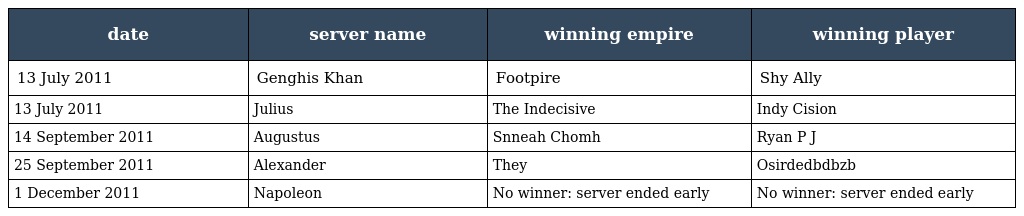
| date | server name | winning empire | winning player |
 | --- | --- | --- | --- |
 | 13 July 2011 | Genghis Khan | Footpire | Shy Ally |
 | 13 July 2011 | Julius | The Indecisive | Indy Cision |
 | 14 September 2011 | Augustus | Snneah Chomh | Ryan P J |
 | 25 September 2011 | Alexander | They | Osirdedbdbzb |
 | 1 December 2011 | Napoleon | No winner: server ended early | No winner: server ended early |